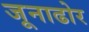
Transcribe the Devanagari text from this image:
जूनाढोर